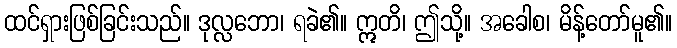
ထင်ရှားဖြစ်ခြင်းသည်။ ဒုလ္လဘော၊ ရခဲ၏။ ဣတိ၊ ဤသို့။ အခေါစ၊ မိန့်တော်မူ၏။